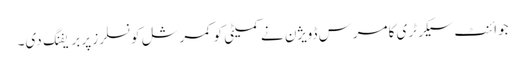
جوائنٹ سیکرٹری کامرس ڈویژن نے کمیٹی کو کمرشل کونسلرز پر بریفنگ دی۔